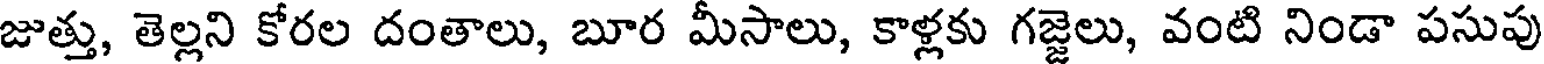
జుత్తు, తెల్లని కోరల దంతాలు, బూర మీసాలు, కాళ్లకు గజ్జెలు, వంటి నిండా పసుపు